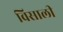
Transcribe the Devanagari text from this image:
विसाली